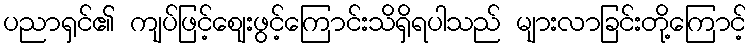
ပညာရှင်၏ ကျပ်ဖြင့်ဈေးဖွင့်ကြောင်းသိရှိရပါသည် များလာခြင်းတို့ကြောင့်